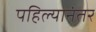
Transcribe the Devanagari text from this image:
पहिल्यानंतर